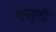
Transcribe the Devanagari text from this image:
एस्‌टी